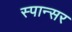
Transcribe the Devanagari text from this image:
स्पान्सर